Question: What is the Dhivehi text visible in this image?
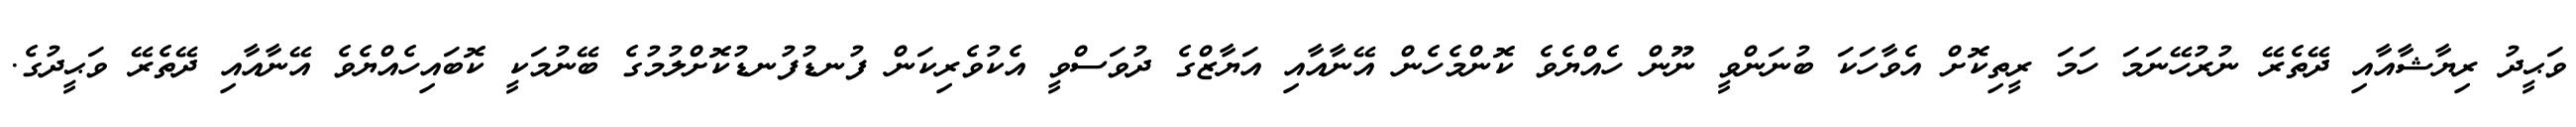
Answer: ވަޙީދު ރިޔާޝާއާއި ދޭތެރޭ ނުރުހޭނަމަ ހަމަ ރީތިކޮށް އެވާހަކަ ބުނަންވީ ނޫން ހެއްޔެވެ ކޮންމެހެން އޭނާއާއި އަޔާޒްގެ ދުވަސްވީ އެކުވެރިކަން ފުނޑުފުނޑުކޮށްލުމުގެ ބޭނުމަކީ ކޮބައިހެއްޔެވެ އޭނާއާއި ދޭތެރޭ ވަޙީދުގެ.